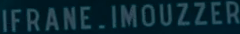
IFRANE.IMOUZZER